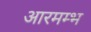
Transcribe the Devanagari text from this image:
आरमम्भ